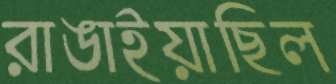
রাঙাইয়াছিল